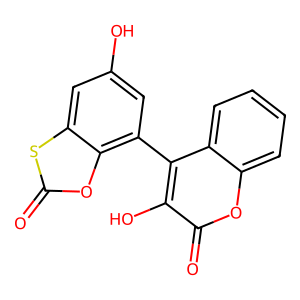
SMILES: O=c1oc2c(-c3c(O)c(=O)oc4ccccc34)cc(O)cc2s1
Inhibits HIV replication: No